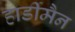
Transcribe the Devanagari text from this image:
हार्डीमैन